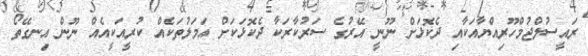
ރައީސުލްޖުމްހޫރިއްޔާއަކާއި ދެކޮޅަށް ނޫނީ އޭރުގެ ސަރުކާރަކާ ދެކޮޅަކަށް އަމަލުތަކެއް ކުރީއަކީއެއް ނޫން އިނގޭތޯ